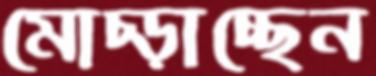
মোচ্‌ড়াচ্ছেন